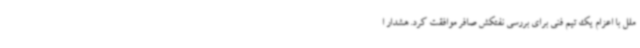
ملل با اعزام یک تیم فنی برای بررسی نفتکش صافر موافقت کرد. هشدار ا